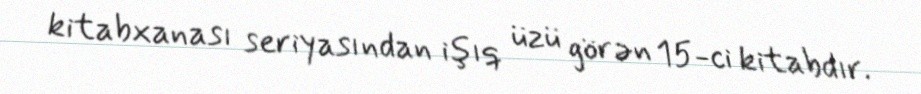
kitabxanası seriyasından işıq üzü görən 15-ci kitabdır.